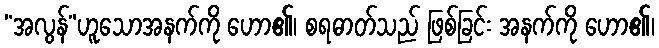
“အလွန်”ဟူသောအနက်ကို ဟော၏၊ စရဓာတ်သည် ဖြစ်ခြင်း အနက်ကို ဟော၏၊